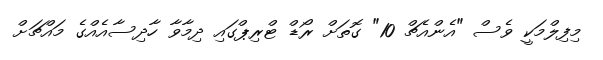
މިފިލްމަކީ ވެސް "އެންއެޗް 10" ގޮތަށް ރޯޑް ޓްރިޕްގައި ދިމާވާ ހާދިސާއެއްގެ މައްޗަށް